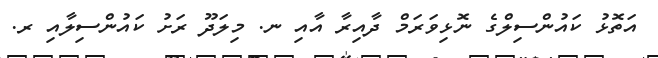
އަތޮޅު ކައުންސިލްގެ ނޮޅިވަރަމް ދާއިރާ އާއި ނ. މިލަދޫ ރަށު ކައުންސިލާއި ރ.